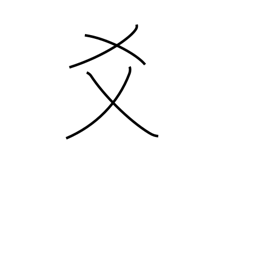
Meaning: to mix with